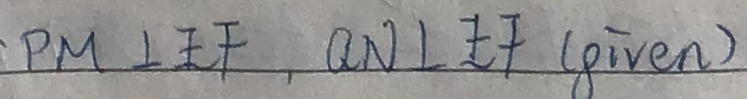
P M \bot E F , Q N \bot E F ( p i v e n )